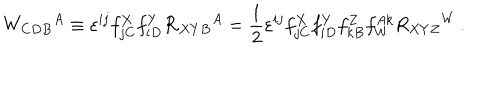
W _ { C D B } { } ^ { A } \equiv \varepsilon ^ { i j } f _ { j C } ^ { X } f _ { i D } ^ { Y } { \cal R } _ { X Y B } { } ^ { A } = \frac 1 2 \varepsilon ^ { i j } f _ { j C } ^ { X } f _ { i D } ^ { Y } f _ { k B } ^ { Z } f _ { W } ^ { A k } R _ { X Y Z } { } ^ { W } \, .